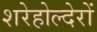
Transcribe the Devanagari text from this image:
शरेहोल्देरों